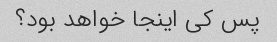
پس کی اینجا خواهد بود؟